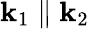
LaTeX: \textbf{k}_{1}\parallel\textbf{k}_{2}